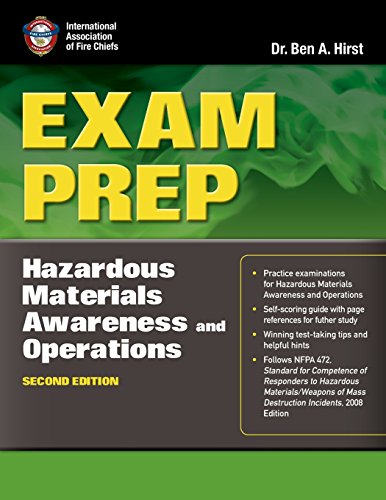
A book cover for Exam Prep: Hazardous Materials Awareness And Operations (Exam Prep: Hazardous Materials Awareness & Operations); Dr.  Ben Hirst, Performance Training Systems; Test Preparation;